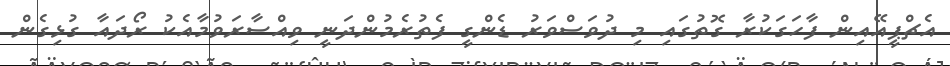
އެޗްޕީއޭއިން ފާހަގަކުރާ ގޮތުގައި މި ދުވަސްވަރު ޑެންގީ ފެތުރެމުންދަނީ ވިއްސާރަވުމާއެކު ރޯދައާ ގުޅިގެން